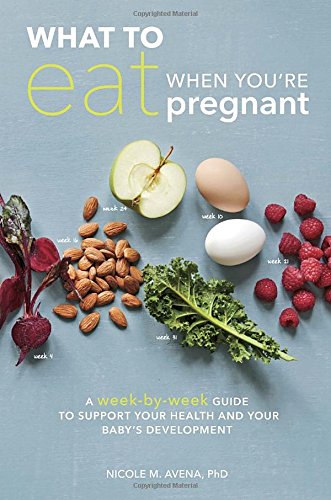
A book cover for What to Eat When You're Pregnant: A Week-by-Week Guide to Support Your Health and Your Baby's Development; Dr. Nicole M. Avena; Cookbooks, Food & Wine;